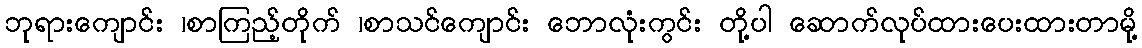
ဘုရားကျောင်း ၊စာကြည့်တိုက် ၊စာသင်ကျောင်း ဘောလုံးကွင်း တို့ပါ ဆောက်လုပ်ထားပေးထားတာမို့